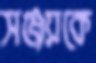
সঞ্জয়কে